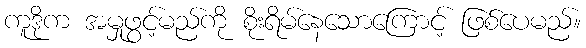
ကူဒိုက အမှုဖွင့်မည်ကို စိုးရိမ်နေသောကြောင့် ဖြစ်ပေမည်။